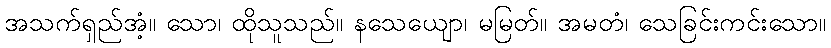
အသက်ရှည်အံ့။ သော၊ ထိုသူသည်။ နသေယျော၊ မမြတ်။ အမတံ၊ သေခြင်းကင်းသော။